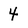
Character: 4